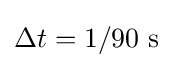
\Delta t=1/90{\text{ s}}